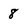
Character: 8